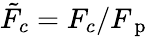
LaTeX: \tilde{F}_{c}=F_{c}/F_{\mathrm{~p~}}